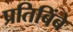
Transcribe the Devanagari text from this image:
प्रतिबिंबे